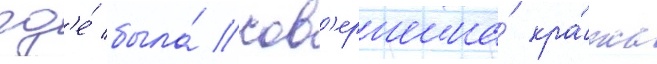
гд'е́ была́ сов'ершена́ кра́жа